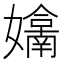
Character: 𭒬